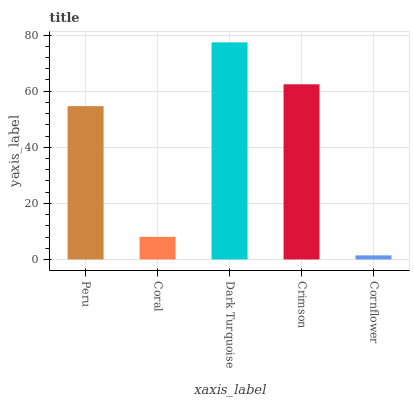
| xaxis_label | bars |
 | --- | --- |
 | Peru | 54.6 |
 | Coral | 8.06 |
 | Dark Turquoise | 77.4 |
 | Crimson | 62.4 |
 | Cornflower | 1.46 |